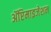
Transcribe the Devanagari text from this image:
ॲप्टिमाइजेशन